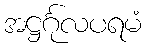
အဋ္ဌင်္ဂုလပရမံ